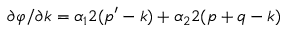
\partial \varphi / \partial k = \alpha _ { 1 } 2 ( p ^ { \prime } - k ) + \alpha _ { 2 } 2 ( p + q - k )